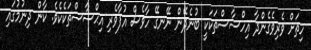
ހިތަށް ވެރިވެގެންދާ އިހްސާސްތަކަކީ ބުނެދޭން ނޭނގޭ ހާވެސް އުފާވެރި އިޙްސާސްތަކެކެވެ. ކާން ދިނުމުގައި